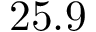
2 5 . 9